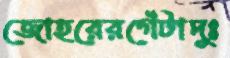
জোহরেরগেঁটাদুঃ